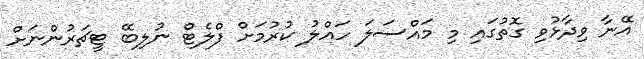
އޭނާ ވިދާޅުވި ގޮތުގައި މި މައްސަލަ ހައްލު ކުރުމަށް ފްލެޓް ނުލިބޭ ޓީޗަރުންނަށް